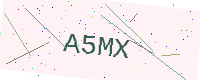
Text: A5MX